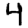
Digit: 4